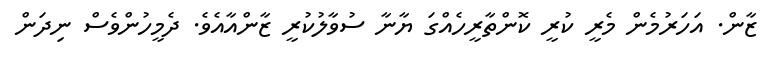
ޒާން. އަހަރުމެން މެރީ ކުރީ ކޮންތާރީހެއްގަ ޔާނާ ސުވާލުކުރީ ޒާންއާއެވެ. ދެމީހުންވެސް ނިދަން